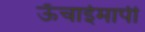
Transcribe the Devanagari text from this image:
ऊँचाईमापी